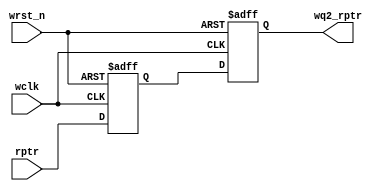
module sync_r2w #(parameter ADDRSIZE = 3)
  (output reg [ADDRSIZE:0] wq2_rptr,
   input [ADDRSIZE:0] rptr,
   input wclk, wrst_n);
   reg [ADDRSIZE:0] wq1_rptr;
   always @(posedge wclk or negedge wrst_n)
     if (!wrst_n) {wq2_rptr,wq1_rptr} <= 0;
     else {wq2_rptr,wq1_rptr} <= {wq1_rptr,rptr};
endmodule